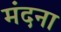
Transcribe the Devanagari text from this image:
मंदना